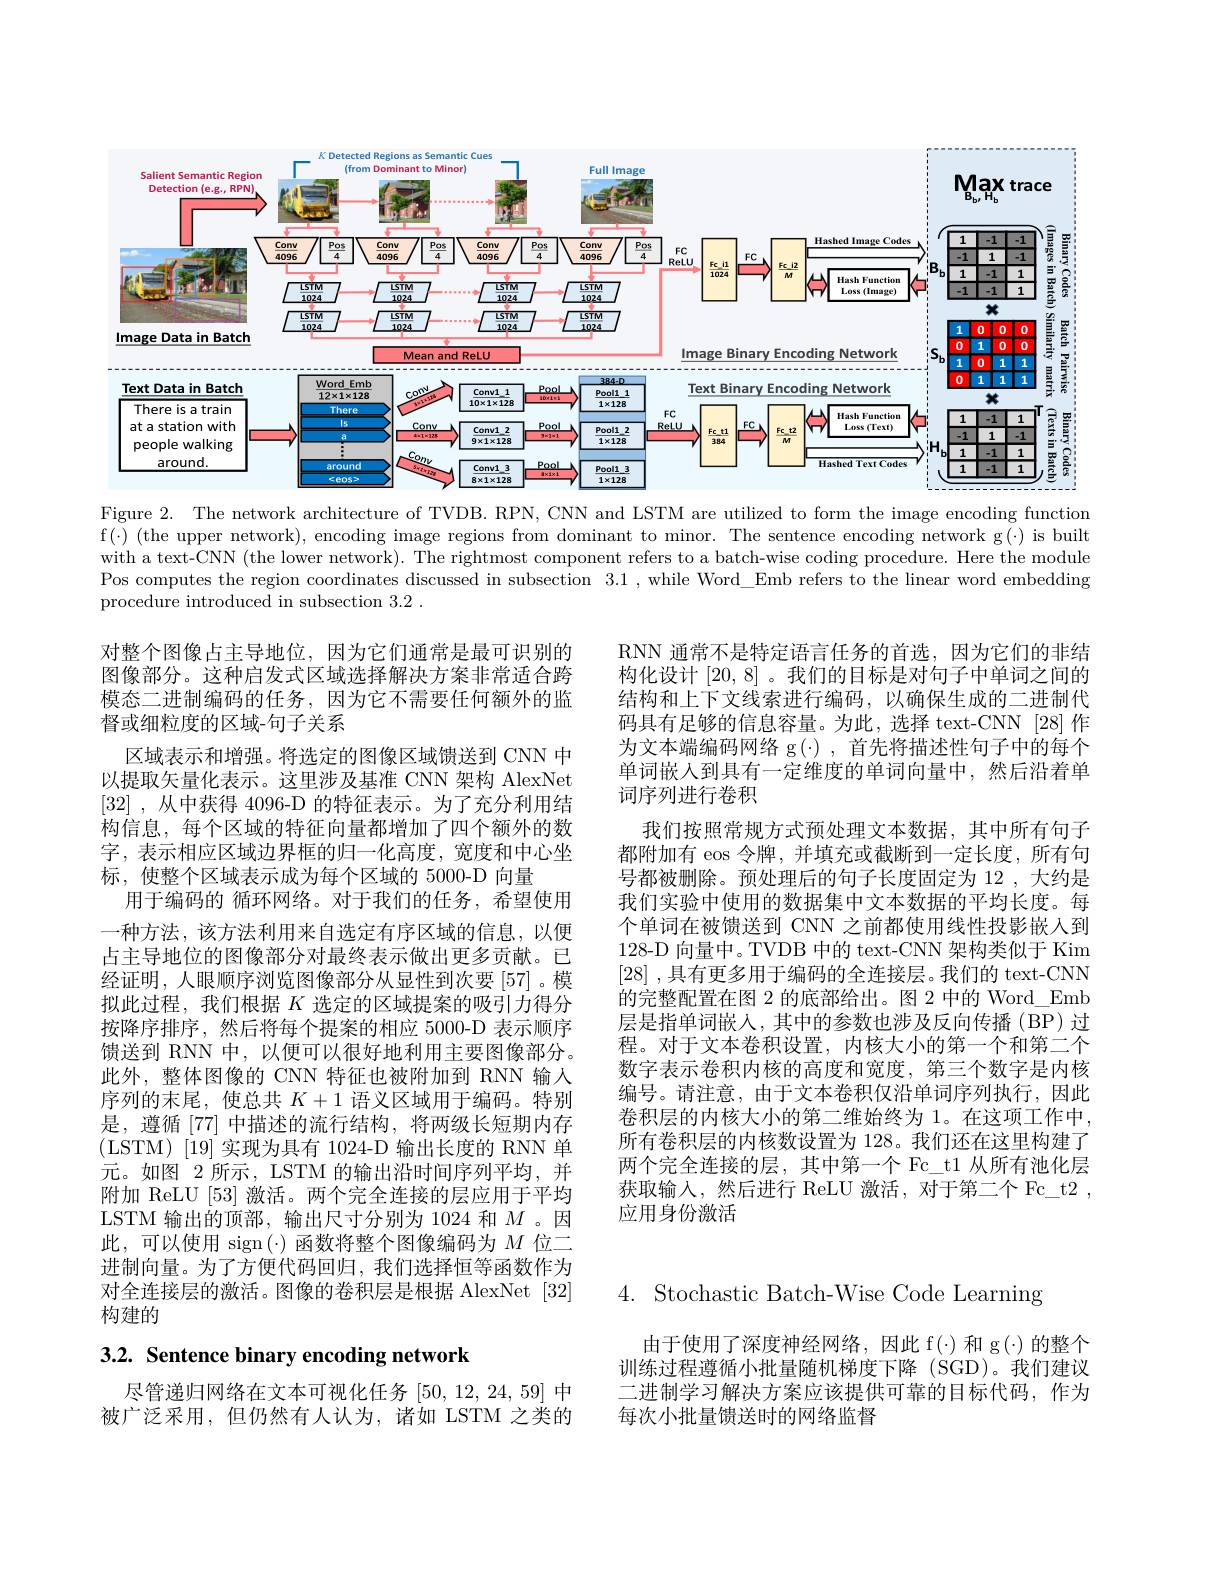
<FigureHere>

Figure 2. The network architecture of TVDB. RPN, CNN and LSTM are utilized to form the image encoding function $f(\cdot) (the upper network), encoding image regions from dominant to minor. The sentence encoding network g(\cdot) is built$ with a text-CNN (the lower network). The rightmost component refers to a batch-wise coding procedure. Here the module Pos computes the region coordinates discussed in subsection 3.1 ,while Word\_Emb refers to the linear word embedding procedure introduced in subsection 3.2 .

RNN 通常不是特定语言任务的首选，因为它们的非结构化设计[20,8] 。我们的目标是对句子中单词之间的结构和上下文线索进行编码，以确保生成的二进制代码具有足够的信息容量。为此，选择 text-CNN [28]作为文本端编码网络 g(·) , 首先将描述性句子中的每个单词嵌入到具有一定维度的单词向量中，然后沿着单词序列进行卷积
我们按照常规方式预处理文本数据，其中所有句子都附加有 eos 令牌，并填充或截断到一定长度，所有句号都被删除。预处理后的句子长度固定为 12 ,大约是我们实验中使用的数据集中文本数据的平均长度。每个单词在被馈送到 CNN 之前都使用线性投影嵌人到128-D 向量中。TVDB 中的 text-CNN 架构类似于 Kim [28] ,具有更多用于编码的全连接层。我们的 text-CNN 的完整配置在图 2 的底部给出。图 2 中的 Word\_Emb 层是指单词嵌入，其中的参数也涉及反向传播(BP)过程。对于文本卷积设置，内核大小的第一个和第二个数字表示卷积内核的高度和宽度，第三个数字是内核编号。请注意，由于文本卷积仅沿单词序列执行，因此卷积层的内核大小的第二维始终为 1。在这项工作中， 所有卷积层的内核数设置为 128。我们还在这里构建了两个完全连接的层，其中第一个 Fc\_t1 从所有池化层获取输入，然后进行 ReLU 激活，对于第二个 Fc\_t2 , 应用身份激活

对整个图像占主导地位，因为它们通常是最可识别的图像部分。这种启发式区域选择解决方案非常适合跨模态二进制编码的任务，因为它不需要任何额外的监督或细粒度的区域-句子关系
区域表示和增强。将选定的图像区域馈送到 CNN 中以提取矢量化表示。这里涉及基准 CNN 架构 AlexNet [32] , 从中获得 4096-D 的特征表示。为了充分利用结构信息，每个区域的特征向量都增加了四个额外的数字，表示相应区域边界框的归一化高度，宽度和中心坐标，使整个区域表示成为每个区域的 5000-D 向量
用于编码的 循环网络。对于我们的任务，希望使用一种方法，该方法利用来自选定有序区域的信息，以便占主导地位的图像部分对最终表示做出更多贡献。已经证明，人眼顺序浏览图像部分从显性到次要[57]。模拟此过程，我们根据$K$选定的区域提案的吸引力得分按降序排序，然后将每个提案的相应 5000-D 表示顺序馈送到 RNN 中，以便可以很好地利用主要图像部分。此外，整体图像的 CNN 特征也被附加到 RNN 输入序列的末尾，使总共$K+1$语义区域用于编码。特别是，遵循[77]中描述的流行结构，将两级长短期内存(LSTM)[19]实现为具有1024-D 输出长度的 RNN 单元。如图 2 所示，LSTM 的输出沿时间序列平均，并附加 ReLU [53] 激活。两个完全连接的层应用于平均LSTM 输出的顶部，输出尺寸分别为 1024 和$M$。因此，可以使用 sign(·) 函数将整个图像编码为$M$位二进制向量。为了方便代码回归，我们选择恒等函数作为对全连接层的激活。图像的卷积层是根据 AlexNet [32] 构建的

4. Stochastic Batch-Wise Code Learning

3.2. Sentence binary encoding network

由于使用了深度神经网络，因此 f(·) 和 g(·) 的整个训练过程遵循小批量随机梯度下降(SGD)。我们建议二进制学习解决方案应该提供可靠的目标代码，作为每次小批量馈送时的网络监督

尽管递归网络在文本可视化任务[50,12,24,59]中被广泛采用，但仍然有人认为，诸如 LSTM 之类的